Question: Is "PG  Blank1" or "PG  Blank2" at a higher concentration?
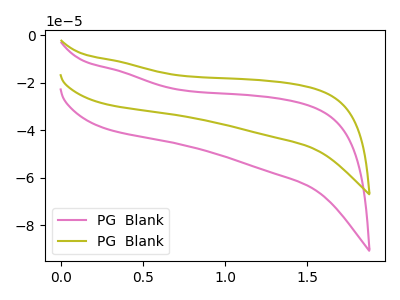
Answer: <think>The pink curve "PG  Blank1" has no peaks. The olive curve "PG  Blank2" has no peaks.
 Neither "PG  Blank1" or "PG  Blank2" have any peaks.</think>
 <answer>I cant tell if "PG  Blank1" or "PG  Blank2" has higher concentration.</answer>
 <eval>mixed_concentration</eval>